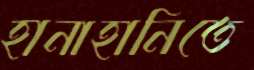
হানাহানিতে